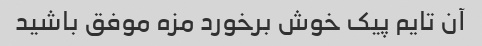
آن تایم پیک خوش برخورد مزه موفق باشید